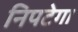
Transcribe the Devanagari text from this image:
निपटेगा